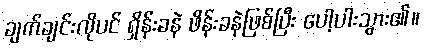
ချက်ချင်းလိုပင် ရှိန်းခနဲ ဖိန်းခနဲဖြစ်ပြီး ပေါ့ပါးသွား၏။